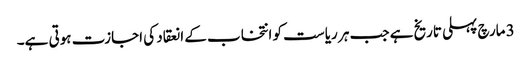
3 مارچ پہلی تاریخ ہے جب ہر ریاست کو انتخاب کے انعقاد کی اجازت ہوتی ہے۔